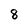
Character: 8